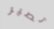
تصير